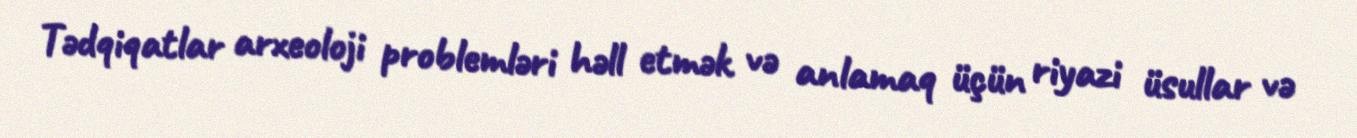
Tədqiqatlar arxeoloji problemləri həll etmək və anlamaq üçün riyazi üsullar və